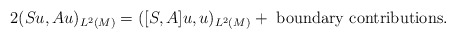
\begin{align*}2(S u, A u)_{L^2(M)} = ([S,A] u,u)_{L^2(M)} + \mbox{ boundary contributions.}\end{align*}